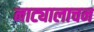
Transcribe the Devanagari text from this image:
नाट्यालाचन